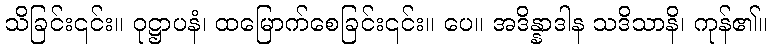
သိခြင်း၎င်း။ ဝုဋ္ဌာပနံ၊ ထမြောက်စေခြင်း၎င်း။ ပေ။ အဒိန္နာဒါန သဒိသာနိ၊ ကုန်၏။